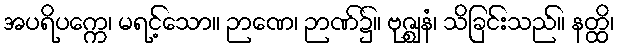
အပရိပက္ကေ၊ မရင့်သော။ ဉာဏေ၊ ဉာဏ်၌။ ဗုဇ္ဈနံ၊ သိခြင်းသည်။ နတ္ထိ၊